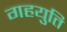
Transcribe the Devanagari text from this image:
गहयुति